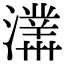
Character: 𤃊